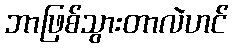
ဘာဖြစ်သွားတာလဲဟင်